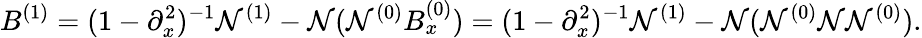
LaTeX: B^{(1)}=(1-\partial_{x}^{2})^{-1}\mathcal{N}^{(1)}-\mathscr{{\mathcal{N}}}(\mathcal{N}^{(0)}B_{x}^{(0)})=(1-\partial_{x}^{2})^{-1}\mathcal{N}^{(1)}-\mathscr{{\mathcal{N}}}(\mathcal{N}^{(0)}\mathscr{{\mathcal{N}}}\mathcal{N}^{(0)}).